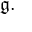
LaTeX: { \mathfrak { g } } .